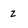
Character: z